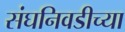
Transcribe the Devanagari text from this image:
संघनिवडीच्या